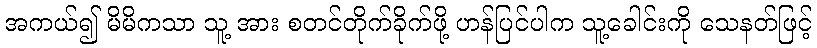
အကယ်၍ မိမိကသာ သူ့ အား စတင်တိုက်ခိုက်ဖို့ ဟန်ပြင်ပါက သူ့ခေါင်းကို သေနတ်ဖြင့်